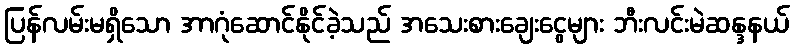
ပြန်လမ်းမရှိသော အာဂုံဆောင်နိုင်ခဲ့သည် အသေးစားချေးငွေများ ဘီးလင်းမဲဆန္ဒနယ်